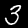
Label: 3